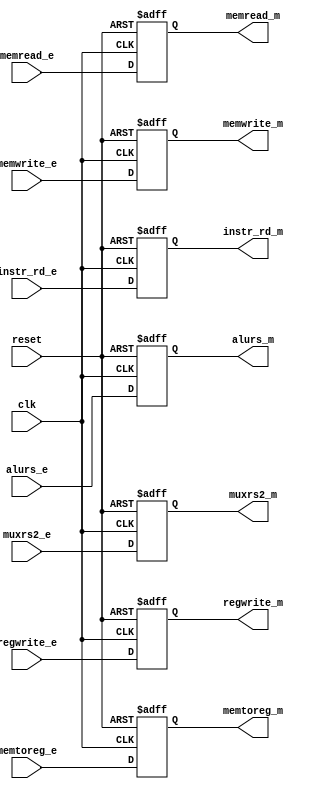
module EXMEM(
    clk,
    reset,
    regwrite_e,
    memtoreg_e,
    memread_e,
    memwrite_e,
    alurs_e,
    muxrs2_e,
    instr_rd_e,
    regwrite_m,
    memtoreg_m,
    memread_m,
    memwrite_m,
    alurs_m,
    muxrs2_m,
    instr_rd_m
);

input clk;
input reset;
input regwrite_e;
input memtoreg_e;
input memread_e;
input memwrite_e;
input [31:0] alurs_e;
input signed [31:0] muxrs2_e;
input [4:0] instr_rd_e;
output regwrite_m;
output memtoreg_m;
output memread_m;
output memwrite_m;
output [31:0] alurs_m;
output signed [31:0] muxrs2_m;
output [4:0] instr_rd_m;

reg regwrite_m = 1'd0;
reg memtoreg_m = 1'd0;
reg memread_m = 1'd0;
reg memwrite_m = 1'd0;
reg [31:0] alurs_m = 32'd0;
reg signed [31:0] muxrs2_m = 32'd0;
reg [4:0] instr_rd_m = 5'd0;

always @(posedge clk or negedge reset) begin
    if(~reset)
        begin
            regwrite_m <= 1'b0;
            memtoreg_m <= 1'b0;
            memread_m <= 1'b0;
            memwrite_m <= 1'b0;
            alurs_m <= 32'd0;
            muxrs2_m <= 32'd0;
            instr_rd_m <= 5'd0;
        end
    else
        begin
            regwrite_m <= regwrite_e;
            memtoreg_m <= memtoreg_e;
            memread_m <= memread_e;
            memwrite_m <= memwrite_e;
            alurs_m <= alurs_e;
            muxrs2_m <= muxrs2_e;
            instr_rd_m <= instr_rd_e;
        end
end

endmodule